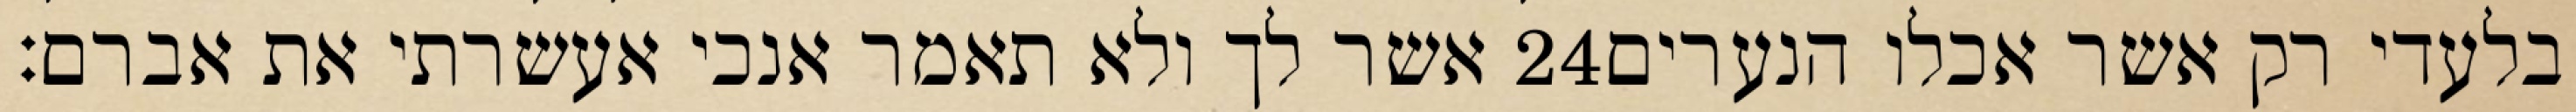
אשר לך ולא תאמר אנכי אעשרתי את אברם׃ ‎24‏ בלעדי רק אשר אכלו הנערים